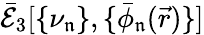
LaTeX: \mathcal{\bar{E}}_{3}[\{ \nu_{\mathfrak{n}}\} ,\{ \bar{\phi}_{\mathfrak{n}}(\vec{r})\} ]